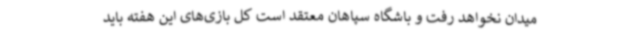
میدان نخواهد رفت و باشگاه سپاهان معتقد است کل بازی‌های این هفته باید